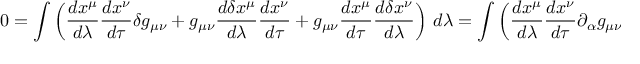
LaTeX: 0 = \int \left( { \frac { d x ^ { \mu } } { d \lambda } } { \frac { d x ^ { \nu } } { d \tau } } \delta g _ { \mu \nu } + g _ { \mu \nu } { \frac { d \delta x ^ { \mu } } { d \lambda } } { \frac { d x ^ { \nu } } { d \tau } } + g _ { \mu \nu } { \frac { d x ^ { \mu } } { d \tau } } { \frac { d \delta x ^ { \nu } } { d \lambda } } \right) \, d \lambda = \int \left( { \frac { d x ^ { \mu } } { d \lambda } } { \frac { d x ^ { \nu } } { d \tau } } \partial _ { \alpha } g _ { \mu \nu } \delta x ^ { \alpha } + 2 g _ { \mu \nu } { \frac { d \delta x ^ { \mu } } { d \lambda } } { \frac { d x ^ { \nu } } { d \tau } } \right) \, d \lambda